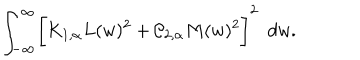
\int _ { - \infty } ^ { \infty } \biggl [ K _ { 1 , \alpha } L ( w ) ^ { 2 } + { \cal C } _ { 2 , \alpha } M ( w ) ^ { 2 } \biggr ] ^ { 2 } ~ ~ d w .